Black-water fever - Number 35
Disease focus: Fever
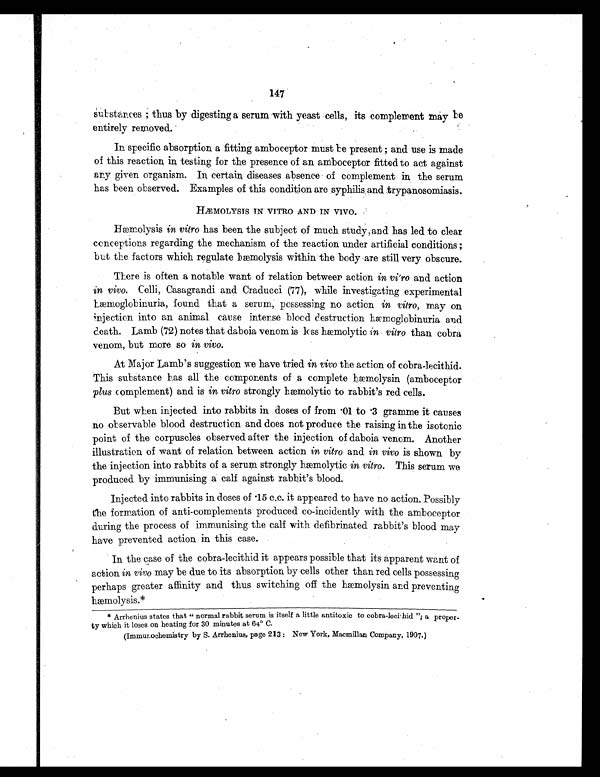
147
s ubs t a nc e s ; t hus by di ge s t i ng a s e r um wi t h ye a s t c e l l s ,i t s
c o m p l e m e n t m a y b e
entirely removed.
In specific absorption a fitting amboceptor must be present ; and use is made
of this reaction in testing for the presence of an amboceptor fitted to act against
any given organism. In certain diseases absence of complement in the serum
has been observed. Examples of this condition are syphilis and trypanosomiasis.
HÆMOLYSTS IN VITRO AND IN VIVO.
Hæmolysis in vitro has been the subject of much study, and has led to clear
conceptions regarding the mechanism of the reaction under artificial conditions ;
but the factors which regulate hæmolysis within the body are still very obscure.
There is often a notable want of relation betweer action in vitro and action
in vivo. Celli, Casagrandi and Craducci (77), while investigating experimental
Læmoglobinuria, found that a serum, possessing no action in vitro, may on
injection into an animal cause intense blood destruction hæmoglobinuria and
death. Lamb (72) notes that daboia venom is less hæmolytic i n v i t r o
t h a n c o b r a
venom, but more so in vivo.
At Major Lamb's suggestion we have tried in vivo the action of cobra-lecithid.
This substance has all the components of a complete hæmolysin (amboceptor
plus complement) and is in vitro strongly hæmolytic to rabbit's red cells.
But when injected into rabbits in doses of from .01 to .3 gramme it causes
no observable blood destruction and does not produce the raising in the isotonic
point of the corpuscles observed after the injection of daboia venom. Another
illustration of want of relation between action in vitro and in vivo is shown by
the injection into rabbits of a serum strongly hæmolytic in vitro. This serum we
produced by immunising a calf against rabbit's blood.
Injected into rabbits in doses of .15 c.c. it appeared to have no action. Possibly
the formation of anti-complements produced co-incidently with the amboceptor
during the process of immunising the calf with defibrinated rabbit's blood may
have prevented action in this case.
In the case of the cobra-lecithid it appears possible that its apparent want of
action in vivo may be due to its absorption by cells other than red cells possessing
perhaps greater affinity and thus switching off the hæmolysin and preventing
hmolysis.*
* Arrhenius states that " normal rabbit serum is itself a little antitoxic to cobra-leci hid "; a proper-
ty which it loses on heating for 30 minutes at 64° C.
(Immunochemistry by S. Arrhenius, page 213: New York, Macmillan Company, 1907.)